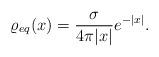
LaTeX: \begin{align*} \varrho_{eq}(x) = \frac{\sigma}{4\pi |x|} e^{-|x|}.\end{align*}